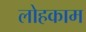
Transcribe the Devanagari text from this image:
लोहकाम